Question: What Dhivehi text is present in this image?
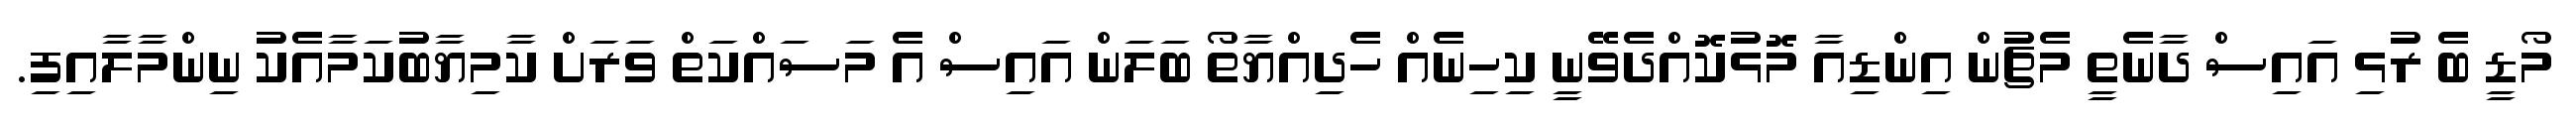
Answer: މޯޑީ ބެ ރުޅި އައިސް ދާނެތީ މެޗުން އިންޑިއާ މޮޅުކޮއްދެވޭނީ ކިހިނެއް ހެދިއްޔާތޯ ބަލަން އައިސް އެ މަސައްކަތް ވަރަށް ކާމިޔާބުކަމާއެކު ނިންމާލާއިފި.